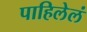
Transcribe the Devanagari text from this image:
पाहिलेलं